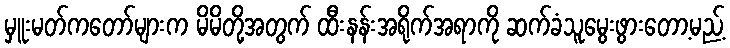
မှူးမတ်ကတော်များက မိမိတို့အတွက် ထီးနန်းအရိုက်အရာကို ဆက်ခံသူမွေးဖွားတော့မည့်